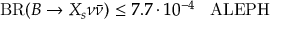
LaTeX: \mathrm { B R } ( B \to X _ { s } \nu \bar { \nu } ) \leq 7 . 7 \cdot 1 0 ^ { - 4 } \; \; \; \mathrm { A L E P H }